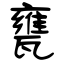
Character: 甕